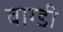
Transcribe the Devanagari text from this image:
वाग्डी